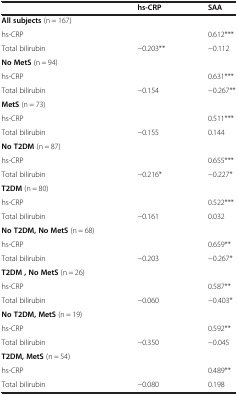
<table><thead><tr><td>[EMPTY_CELL]</td><td><b>hs-CRP</b></td><td><b>SAA</b></td></tr></thead><tbody><tr><td><b>All subjects</b> (n = 167)</td><td>[EMPTY_CELL]</td><td>[EMPTY_CELL]</td></tr><tr><td>hs-CRP</td><td>[EMPTY_CELL]</td><td>0.612***</td></tr><tr><td>Total bilirubin</td><td>−0.203**</td><td>−0.112</td></tr><tr><td><b>No MetS</b> (n = 94)</td><td>[EMPTY_CELL]</td><td>[EMPTY_CELL]</td></tr><tr><td>hs-CRP</td><td>[EMPTY_CELL]</td><td>0.631***</td></tr><tr><td>Total bilirubin</td><td>−0.154</td><td>−0.267**</td></tr><tr><td><b>MetS</b> (n = 73)</td><td>[EMPTY_CELL]</td><td>[EMPTY_CELL]</td></tr><tr><td>hs-CRP</td><td>[EMPTY_CELL]</td><td>0.511***</td></tr><tr><td>Total bilirubin</td><td>−0.155</td><td>0.144</td></tr><tr><td><b>No T2DM</b> (n = 87)</td><td>[EMPTY_CELL]</td><td>[EMPTY_CELL]</td></tr><tr><td>hs-CRP</td><td>[EMPTY_CELL]</td><td>0.655***</td></tr><tr><td>Total bilirubin</td><td>−0.216*</td><td>−0.227*</td></tr><tr><td><b>T2DM</b> (n = 80)</td><td>[EMPTY_CELL]</td><td>[EMPTY_CELL]</td></tr><tr><td>hs-CRP</td><td>[EMPTY_CELL]</td><td>0.522***</td></tr><tr><td>Total bilirubin</td><td>−0.161</td><td>0.032</td></tr><tr><td><b>No T2DM, No MetS</b> (n = 68)</td><td>[EMPTY_CELL]</td><td>[EMPTY_CELL]</td></tr><tr><td>hs-CRP</td><td>[EMPTY_CELL]</td><td>0.659**</td></tr><tr><td>Total bilirubin</td><td>−0.203</td><td>−0.267*</td></tr><tr><td><b>T2DM , No MetS</b> (n = 26)</td><td>[EMPTY_CELL]</td><td>[EMPTY_CELL]</td></tr><tr><td>hs-CRP</td><td>[EMPTY_CELL]</td><td>0.587**</td></tr><tr><td>Total bilirubin</td><td>−0.060</td><td>−0.403*</td></tr><tr><td><b>No T2DM, MetS</b> (n = 19)</td><td>[EMPTY_CELL]</td><td>[EMPTY_CELL]</td></tr><tr><td>hs-CRP</td><td>[EMPTY_CELL]</td><td>0.592**</td></tr><tr><td>Total bilirubin</td><td>−0.350</td><td>−0.045</td></tr><tr><td><b>T2DM, MetS</b> (n = 54)</td><td>[EMPTY_CELL]</td><td>[EMPTY_CELL]</td></tr><tr><td>hs-CRP</td><td>[EMPTY_CELL]</td><td>0.489**</td></tr><tr><td>Total bilirubin</td><td>−0.080</td><td>0.198</td></tr></tbody></table>